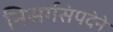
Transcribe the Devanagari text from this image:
निसर्गसंपदेने